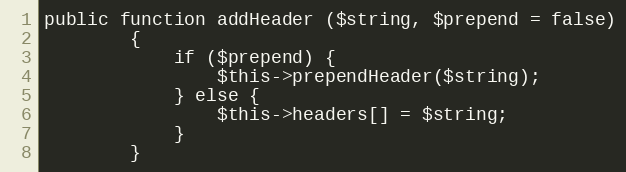
Language: PHP
public function addHeader ($string, $prepend = false)
		{
			if ($prepend) {
				$this->prependHeader($string);
			} else {
				$this->headers[] = $string;
			}
		}